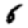
Digit: 6